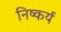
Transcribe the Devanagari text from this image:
निष्कर्य